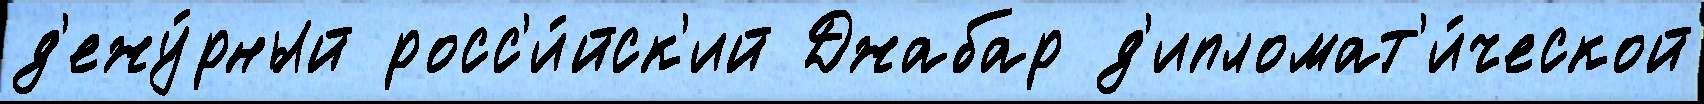
д'ежу́рный росс'и́йск'ий Джабар д'ипломат'и́ческой